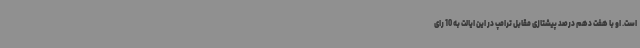
است. او با هفت دهم درصد پیشتازی مقابل ترامپ در این ایالت به 10 رای